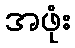
အဖုံး